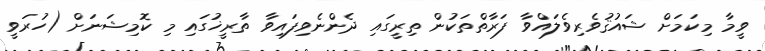
ވީމާ މިކަމަށް ޝައުޤުވެރިވެލައްވާ ފަރާތްތަކުން ތިރީގައި ދެންނެވިފައިވާ ތާރީޚުގައި މި ކޮމިޝަނަށް (ހުރަވީ